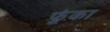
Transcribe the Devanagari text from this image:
फूंका